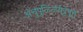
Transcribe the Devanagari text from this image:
अंचुपुळ्ळियेट्टेषु़त्तु